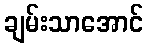
ချမ်းသာအောင်